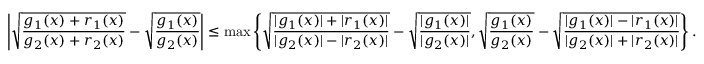
\left| \sqrt { \frac { g _ { 1 } ( x ) + r _ { 1 } ( x ) } { g _ { 2 } ( x ) + r _ { 2 } ( x ) } } - \sqrt { \frac { g _ { 1 } ( x ) } { g _ { 2 } ( x ) } } \right| \leq \operatorname* { m a x } \left\{ \sqrt { \frac { | g _ { 1 } ( x ) | + | r _ { 1 } ( x ) | } { | g _ { 2 } ( x ) | - | r _ { 2 } ( x ) | } } - \sqrt { \frac { | g _ { 1 } ( x ) | } { | g _ { 2 } ( x ) | } } , \sqrt { \frac { g _ { 1 } ( x ) } { g _ { 2 } ( x ) } } - \sqrt { \frac { | g _ { 1 } ( x ) | - | r _ { 1 } ( x ) | } { | g _ { 2 } ( x ) | + | r _ { 2 } ( x ) | } } \right\} .